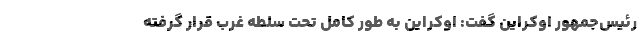
رئیس‌جمهور اوکراین گفت: اوکراین به طور کامل تحت سلطه غرب قرار گرفته